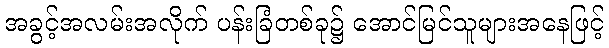
အခွင့်အလမ်းအလိုက် ပန်းခြံတစ်ခု၌ အောင်မြင်သူများအနေဖြင့်